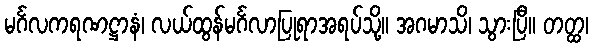
မင်္ဂလကရဏဋ္ဌာနံ၊ လယ်ထွန်မင်္ဂလာပြုရာအရပ်သို့။ အဂမာသိ၊ သွားပြီ။ တတ္ထ၊